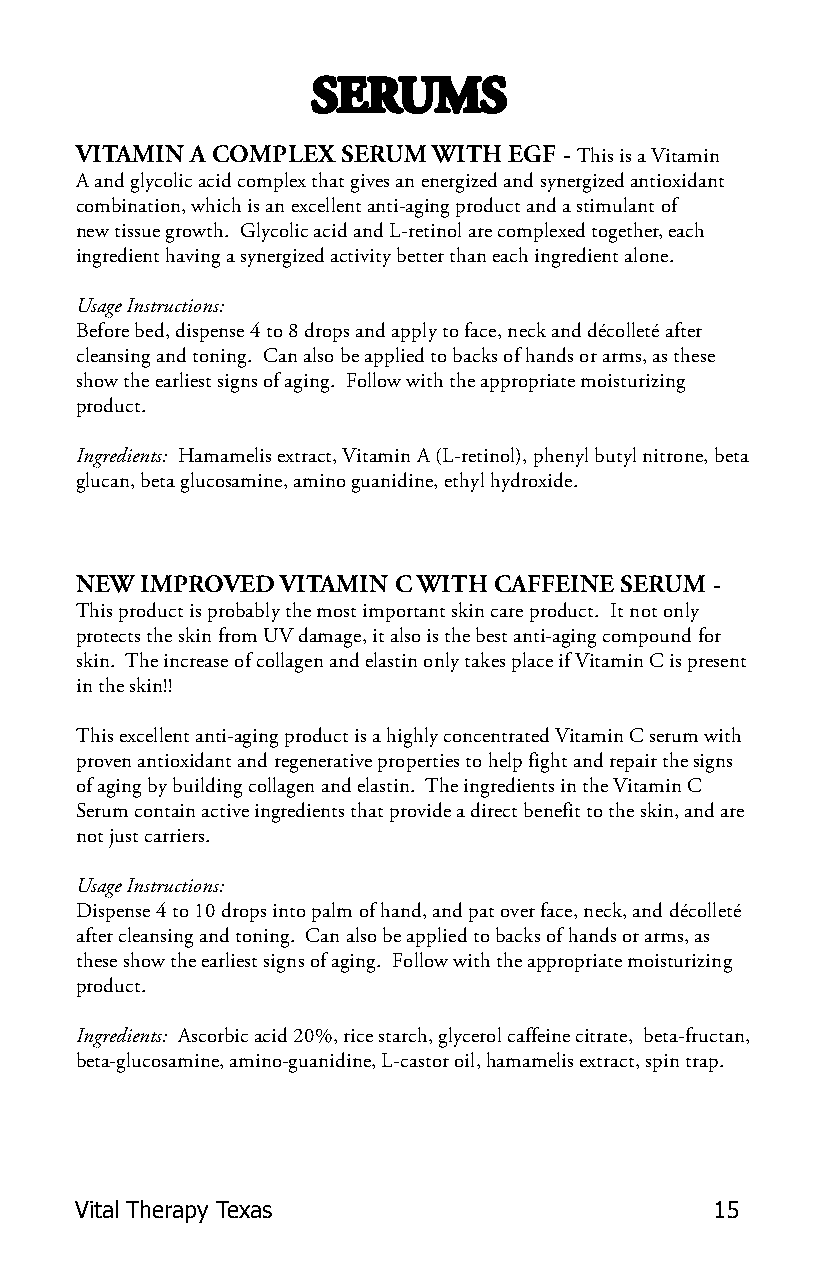
SERUMS
 VITAMIN A COMPLEX SERUM WITH EGF - This is a Vitamin
 A and glycolic acid complex that gives an energized and synergized antioxidant
 combination, which is an excellent anti-aging product and a stimulant of
 new tissue growth. Glycolic acid and L-retinol are complexed together, each
 ingredient having a synergized activity better than each ingredient alone.
 Usage Instructions:
 Before bed, dispense 4 to 8 drops and apply to face, neck and décolleté after
 cleansing and toning. Can also be applied to backs of hands or arms, as these
 show the earliest signs of aging. Follow with the appropriate moisturizing
 product.
 Ingredients: Hamamelis extract, Vitamin A (L-retinol), phenyl butyl nitrone, beta
 glucan, beta glucosamine, amino guanidine, ethyl hydroxide.
 NEW IMPROVED  VITAMIN C WITH CAFFEINE SERUM -
 This product is probably the most important skin care product. It not only
 protects the skin from UV damage, it also is the best anti-aging compound for
 skin. The increase of collagen and elastin only takes place if Vitamin C is present
 in the skin!!
 This excellent anti-aging product is a highly concentrated Vitamin C serum with
 proven antioxidant and regenerative properties to help fight and repair the signs
 of aging by building collagen and elastin. The ingredients in the Vitamin C
 Serum contain active ingredients that provide a direct benefit to the skin, and are
 not just carriers.
 Usage Instructions:
 Dispense 4 to 10 drops into palm of hand, and pat over face, neck, and décolleté
 after cleansing and toning. Can also be applied to backs of hands or arms, as
 these show the earliest signs of aging. Follow with the appropriate moisturizing
 product.
 Ingredients: Ascorbic acid 20%, rice starch, glycerol caffeine citrate, beta-fructan,
 beta-glucosamine, amino-guanidine, L-castor oil, hamamelis extract, spin trap.
 Vital Therapy Texas                       15